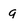
Character: g